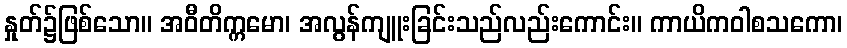
နှုတ်၌ဖြစ်သော။ အဝီတိက္ကမော၊ အလွန်ကျူးခြင်းသည်လည်းကောင်း။ ကာယိကဝါစသကော၊